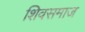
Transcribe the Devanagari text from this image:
शिवसमाज